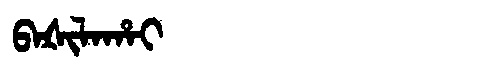
Manchu: ᠪᠠᡧᡳᠯᠠᡥᠠᡳ
Romanization: BAŠILAHAI